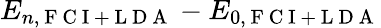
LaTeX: E_{n,\mathrm{~F~C~I~+~L~D~A~}}-E_{0,\mathrm{~F~C~I~+~L~D~A~}}